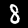
Digit: 8